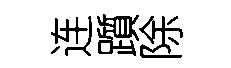
连躓除